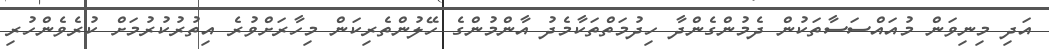
އަދި މިނިވަން މުއައްސަސާތަކުން ދެމުންގެންދާ ހިދުމަތްތަކާމެދު އާންމުންގެ ހޭލުންތެރިކަން މިހާރަށްވުރެ އިތުރުކުރުމަށް ކުރެވެންހުރި